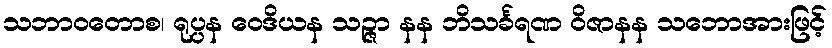
သဘာဝတောစ၊ ရုပ္ပန ဝေဒိယန သဉ္ဇာ နန ဘိသင်္ခရဏ ဝိဇာနန သဘောအားဖြင့်